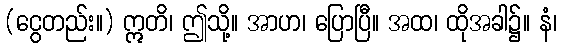
(ငွေတည်း။) ဣတိ၊ ဤသို့။ အာဟ၊ ပြောပြီ။ အထ၊ ထိုအခါ၌။ နံ၊